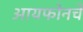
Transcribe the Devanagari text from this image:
आयफोनचे